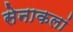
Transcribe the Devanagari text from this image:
सेनाकलां